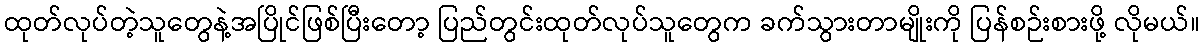
ထုတ်လုပ်တဲ့သူတွေနဲ့အပြိုင်ဖြစ်ပြီးတော့ ပြည်တွင်းထုတ်လုပ်သူတွေက ခက်သွားတာမျိုးကို ပြန်စဉ်းစားဖို့ လိုမယ်။